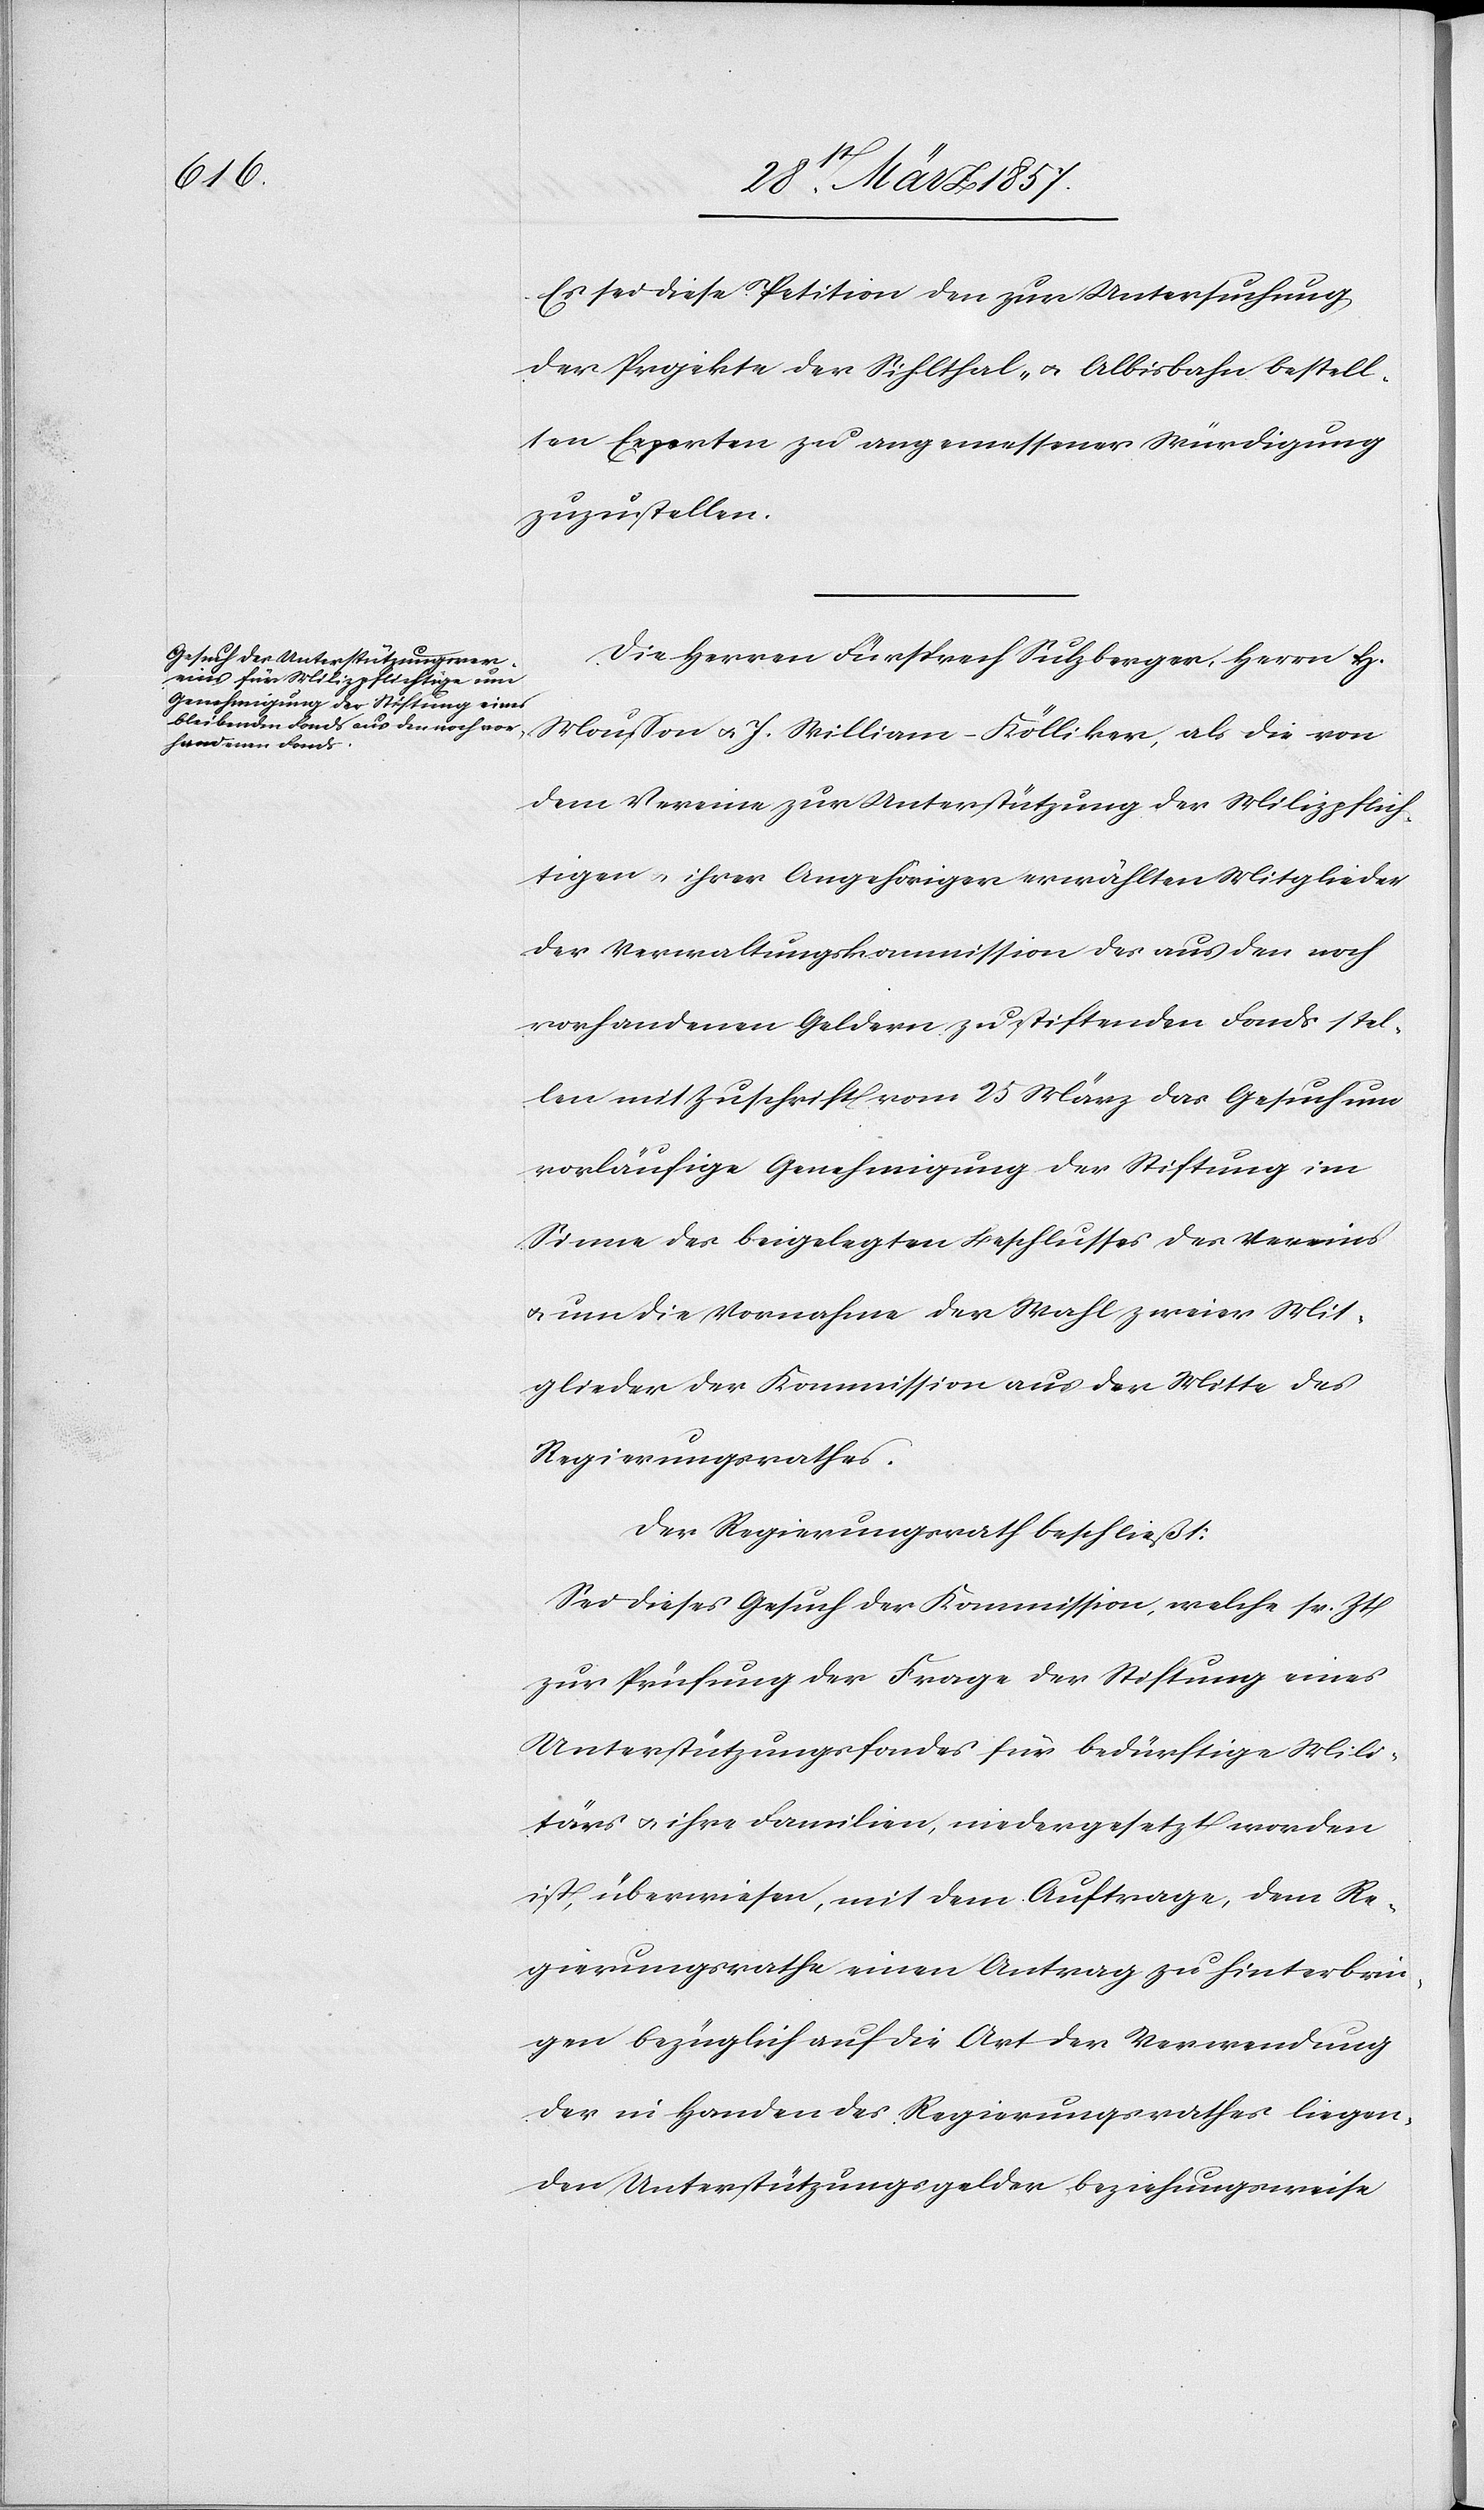
Es sei diese Petition den zur Untersuchung
der Projekte der Sihlthal- u. Albisbahn bestell¬
ten Experten zu angemessener Würdigung
zuzustellen.
Die Herren Fürsprech Sulzberger, Herrn H.
Mousson u. J. William-Kölliker, als die von
dem Vereine zur Unterstützung der Milizpflich¬
tigen u. ihrer Angehöriger erwählten Mitglieder
der Verwaltungskommission des aus den noch
vorhandenen Geldern zu stiftenden Fonds stel¬
len mit Zuschrift vom 25 März das Gesuch um
vorläufige Genehmigung der Stiftung im
Sinne des beigelegten Beschlusses des Vereins
u. um die Vornahme der Wahl zweier Mit¬
glieder der Kommission aus der Mitte des
Regierungsrathes.
Der Regierungsrath beschließt:
Sei dieses Gesuch der Kommission, welche sr. Zt
zur Prüfung der Frage der Stiftung eines
Unterstützungsfondes für bedürftige Mili¬
tärs u. ihre Familien, niedergesetzt worden
ist, überwiesen, mit dem Auftrage, dem Re¬
gierungsrathe einen Antrag zu hinterbrin¬
gen bezüglich auf die Art der Verwendung
der in Handen des Regierungsrathes liegen¬
den Unterstützungsgelder, beziehungsweise